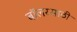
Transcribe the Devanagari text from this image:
बॉलरसाठी